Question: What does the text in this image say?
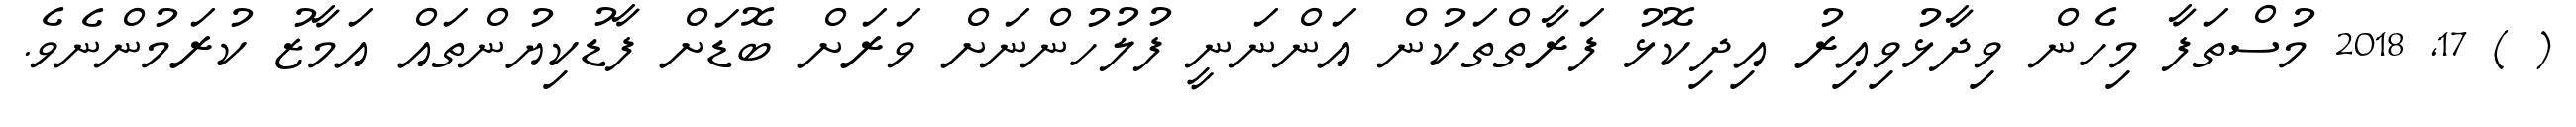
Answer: ( ) 17, 2018 މުސްތަފާ މިހެން ވިދާޅުވިއިރު އިދިކޮޅު ފަރާތްތަކުން އަންނަނީ ފުލުހުންނަށް ވަރަށް ބޮޑަށް ފާޑުކިޔުންތައް އަމާޒު ކުރަމުންނެވެ.